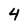
Character: 4